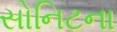
સોનિટના